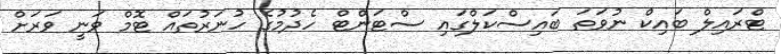
ޓްރައިލް ބައިކް ނުވަތަ ބައިސްކަލްގައި ސްޓަންޓް ހެދުމުގެ ހުނަރުތައް ޓޮމް ވަނީ ވަރަށް